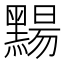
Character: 䵮